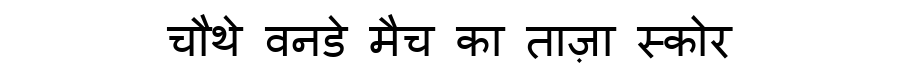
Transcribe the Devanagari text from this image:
चौथे वनडे मैच का ताज़ा स्कोर